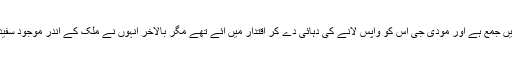
کالا دھن تو سوئزرلینڈ کے بنکوں میں جمع ہے اور مودی جی اس کو واپس لانے کی دہائی دے کر اقتدار میں آئے تھے مگر بالآخر انہوں نے ملک کے اندر موجود سفید دھن کی پیٹھ میں خنجر گھونپ دیا۔